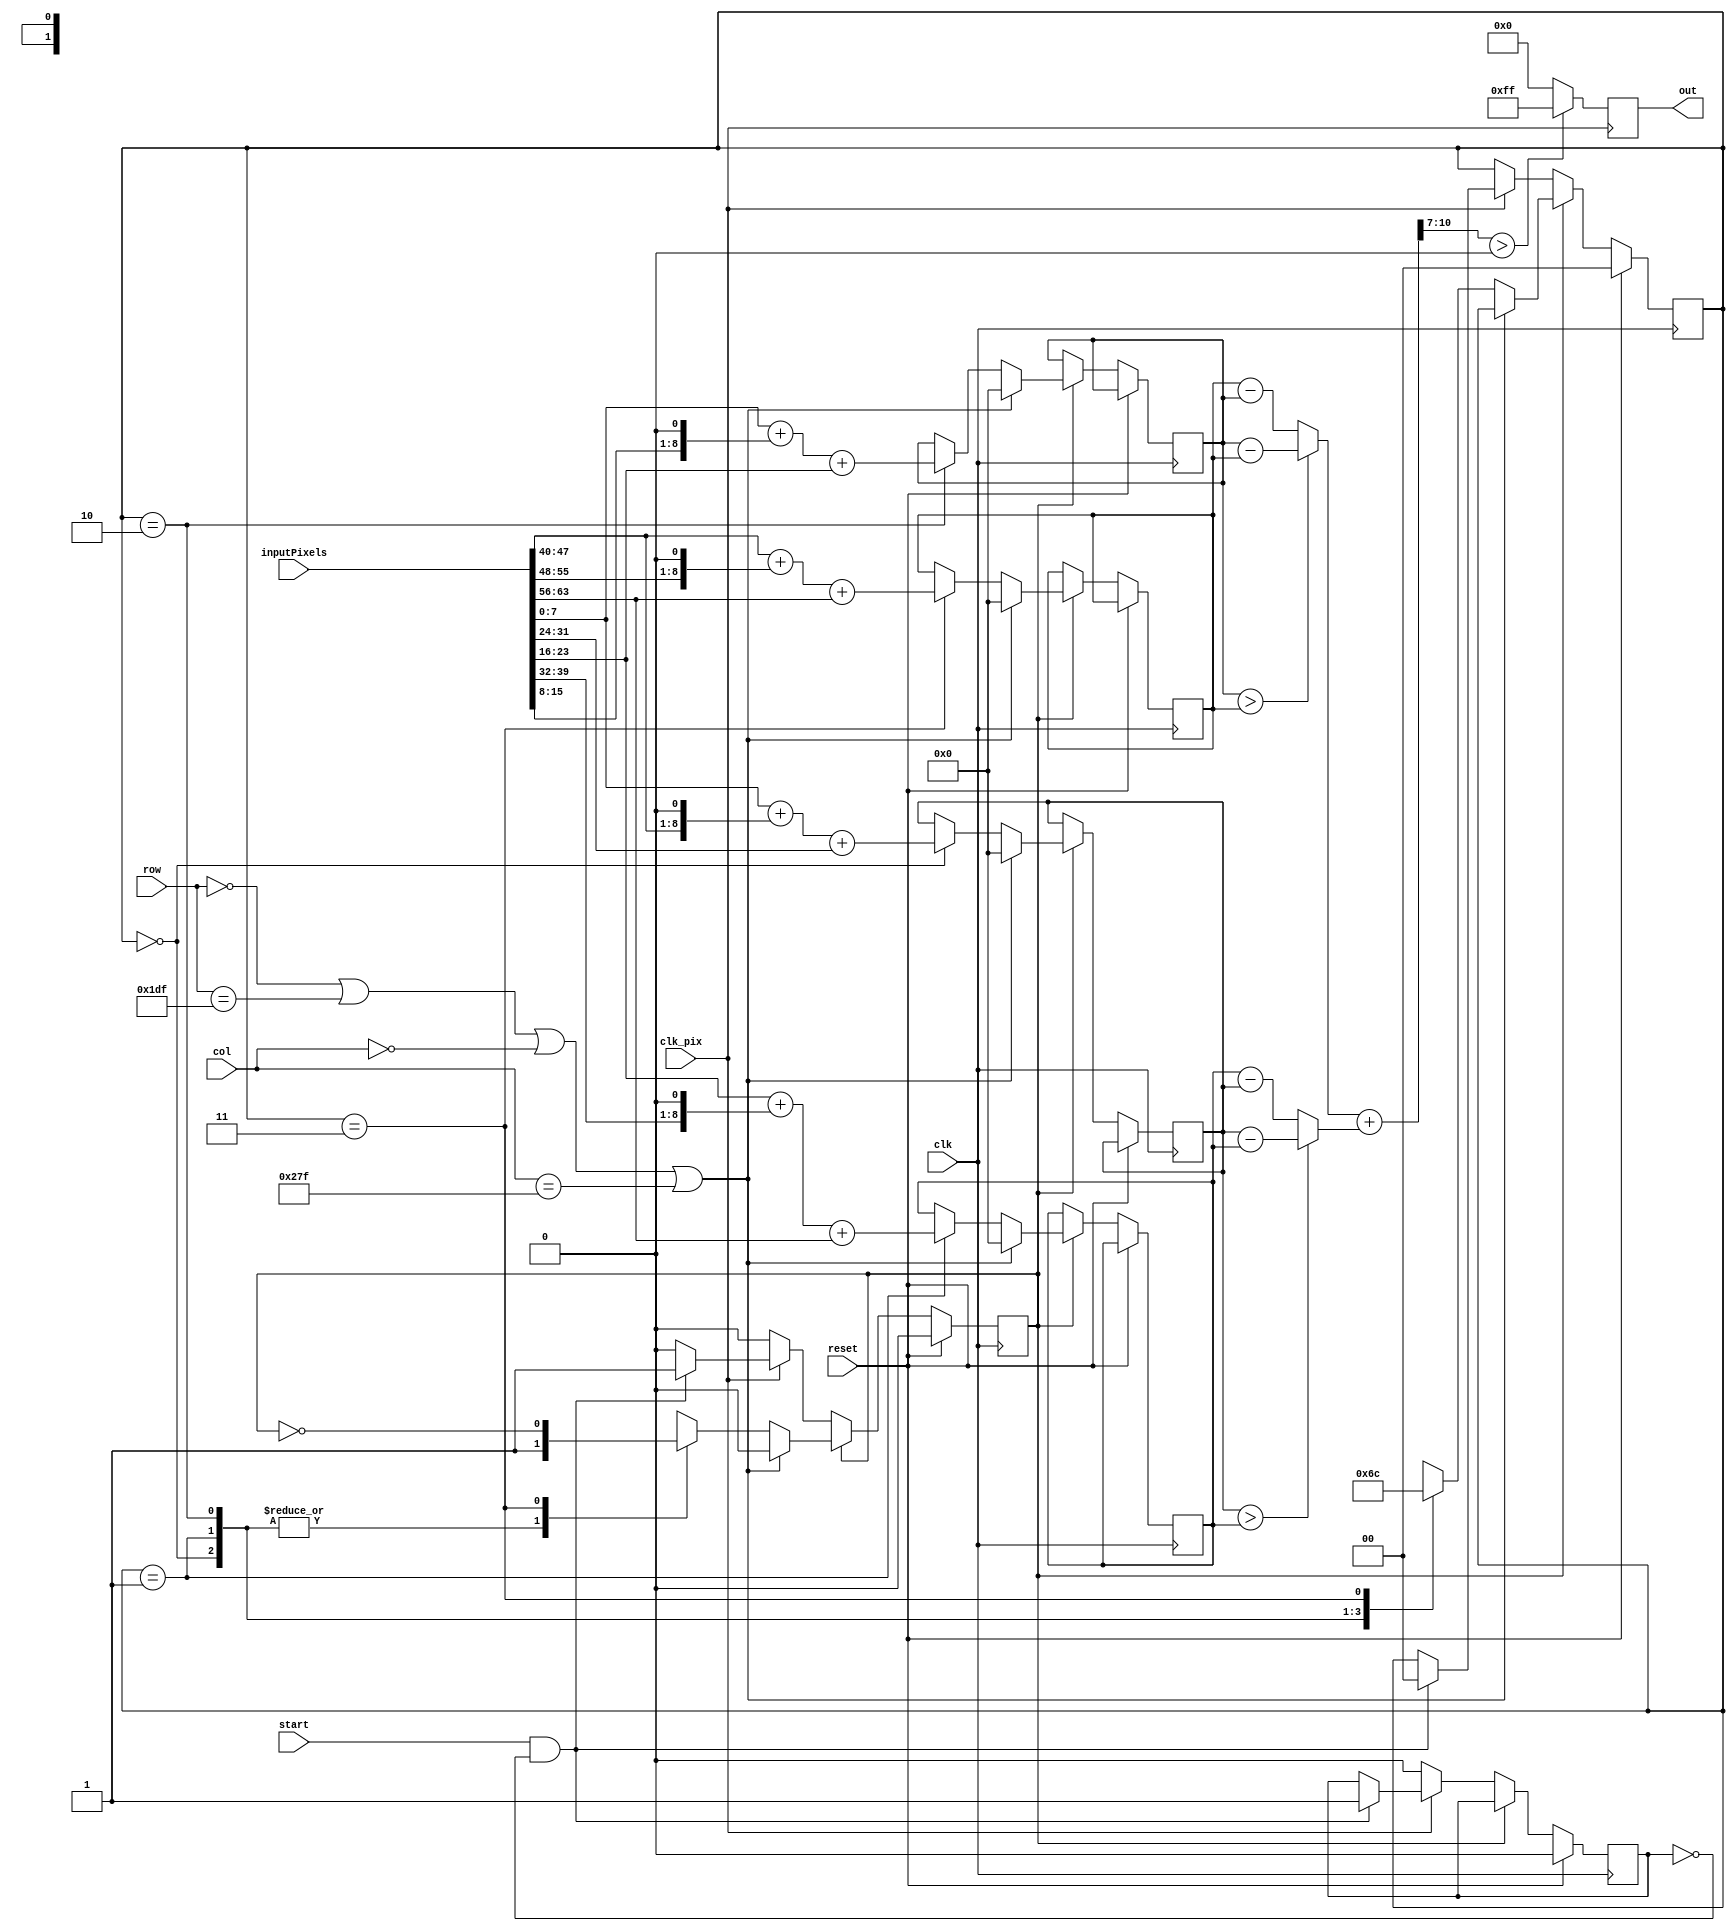
////
//
// University of Utah ECE 5710/6710 Edge Detection ASIC
//
// Module Name: sobel_blackBorder
// Description: Compute the sobel filter at given pixel location
//
////

//inputs:
//	row - row number starting from the top at 0
//	col - column number starting from the left at 0
//	inputPixels - 64 bit array holding the 3x3 input pixels. Must be passed in as one large array with the 8 bit pixels combined.
//		format: {top_left,top,top_right,mid_left,mid_right,bot_left,bot,bot_right}
//		
//	clk - input clock. Pixel computed on rising edge
//	reset - set to high to reset internal flags. Required before next clock cycle.
//outputs:
//	out - filtered pixel at given [row,col]
//	done - set to 1 when the output is ready to be read
module sobel(row,col,inputPixels,clk_pix,clk,start,reset,out);
	input 	wire [8:0] 	row;			//row number of output pixel
	input	wire [9:0]	col;			//column number of output pixel
	input 	wire [63:0] inputPixels;	//Surrounding 8 bit pixel values combined. 
										//format:
										//	{top_left, top, top_right,
										//	 mid_left, 		mid_right,
										//	 bot_left, bot,	bot_right}
	input 	wire		clk_pix;		//pixel clock (25.175 MHz)
	input	wire		clk;			//system clock (302.1 MHz)
	input	wire		start;			//start when buffer is ready
	input	wire		reset;
	output 	reg	[7:0]	out;		 	//0,255 sobel pixel value
	
	//variables
	wire [7:0]			pixelArray [7:0];//array used to separate input pixel values
	reg [9:0] 			gx1,gx2,gy1,gy2;//holds values of the steps of the filter
	reg [9:0] 			gx,gy;			//combined values of filter steps
	wire [10:0] 		g_mag;			//approximate magnitude
	reg [1:0] 			filter_step;	//current filter computation step

	//flags
	wire				onEdge;			//1 if the output pixel is on the edge of the image
	reg					busy;			//1 when computing pixel
	reg 				setup;			//1 when the filter has been setup and is ready to do work
	
	//parameters
	parameter [8:0]		MAX_ROW = 480;	//horizontal image dimension
	parameter [9:0]		MAX_COL = 640;	//vertical image dimension
	
	//flipped sobel filters
	//	  -1 0 1	  -1 -2 -1
	//hx= -2 0 2  hy=  0  0  0
	//	  -1 0 1	   1  2  1	

	//compute if center pixel is on the border
	assign onEdge = (row==0) || (row==MAX_ROW-1) || (col==0) || (col==MAX_COL-1);
	assign {pixelArray[7],pixelArray[6],pixelArray[5],pixelArray[4],pixelArray[3],pixelArray[2],pixelArray[1],pixelArray[0]} = inputPixels;

	//find approximate magnitude 
	always @(gx1,gx2,gy1,gy2) begin
		if(gx1>gx2) gx=gx1-gx2;
		else	gx=gx2-gx1;
		if(gy1>gy2)	gy=gy1-gy2;
		else	gy=gy2-gy1;
	end
	assign 	g_mag=gy+gx;

	//compute filter
	always @(posedge clk) begin
		if(reset) begin
				busy<=0;
				setup<=0;
				filter_step<=0;
		end
		else if(busy)begin
			if(onEdge) begin
				gx1<=0;
				gx2<=0;
				gy1<=0;
				gy2<=0;	
				busy<=0;
			end 
			else begin
				case(filter_step)
				0: begin
					gx1<=pixelArray[0]+(pixelArray[5]<<1)+pixelArray[3];
					filter_step<=1;
					busy<=busy;
				end
				1: begin
					gx2<=pixelArray[2]+(pixelArray[4]<<1)+pixelArray[7];
					filter_step<=2;
					busy<=busy;
				end
				2: begin 
					gy1<=pixelArray[0]+(pixelArray[1]<<1)+pixelArray[2];
					filter_step<=3;
					busy<=busy;
				end
				3: begin 
					gy2<=pixelArray[5]+(pixelArray[6]<<1)+pixelArray[7];
					
					filter_step<=0;
					busy<=~busy;
				end	
				default: begin
					filter_step<=0;
					busy<=busy;
				end		
				endcase
			end
		end	
		else if(clk_pix) begin //pixel clock, setup filter computation 
			if(start&~setup)begin //initial setup to start the filter
				busy<=1;
				setup<=1;
				filter_step<=0;			
			end
		end
		else setup<=0;
	end
	
	//output pixel value
	always @(posedge clk_pix) begin
		if(g_mag[10:7]>0) out<=8'd255;
		else	out<=8'd0;
	end
endmodule